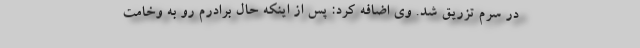
در سرم تزریق شد. وی اضافه کرد: پس از اینکه حال برادرم رو به وخامت